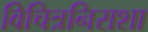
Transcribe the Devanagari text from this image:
विचित्रनिराशा